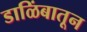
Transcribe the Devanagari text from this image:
डाळिंबातून